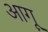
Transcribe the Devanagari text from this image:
आगू